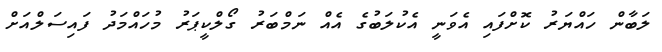
ލަބާން ހައްޔަރުު ކޮށްފައި އެވަނީ އެކުލަބުގެ އެއް ނަމްބަރު ގޯލްކީޕަރު މުހައްމަދު ފައިސަލްއަށް